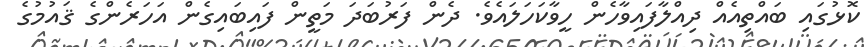
ކޮޅުގައި ބައްތިއެއް ދިއްލާފައިވާހެން ހީވާކަހަލައެވެ. ދެން ފަރުބަދަ މަތީން ފައިބައިގެން އަހަރެންގެ ޤައުމުގެ